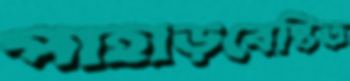
পাহাড়বেষ্টিত